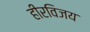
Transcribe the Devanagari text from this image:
हीरविजय